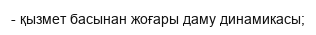
- қызмет басынан жоғары даму динамикасы;